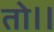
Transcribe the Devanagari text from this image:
तो।।